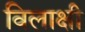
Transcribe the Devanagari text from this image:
विलाक्षी